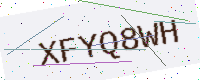
Text: XFYQ8WH